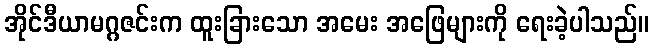
အိုင်ဒီယာမဂ္ဂဇင်းက ထူးခြားသော အမေး အဖြေများကို ရေးခဲ့ပါသည်။